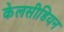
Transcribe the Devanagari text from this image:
केलसीडियन